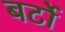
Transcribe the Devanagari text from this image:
बर्टो